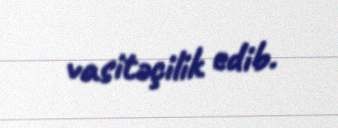
vasitəçilik edib.